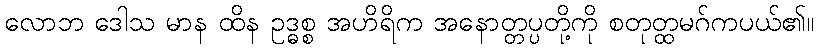
လောဘ ဒေါသ မာန ထိန ဥဒ္ဓစ္စ အဟိရိက အနောတ္တပ္ပတို့ကို စတုတ္ထမဂ်ကပယ်၏။